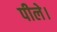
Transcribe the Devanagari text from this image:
पीले।